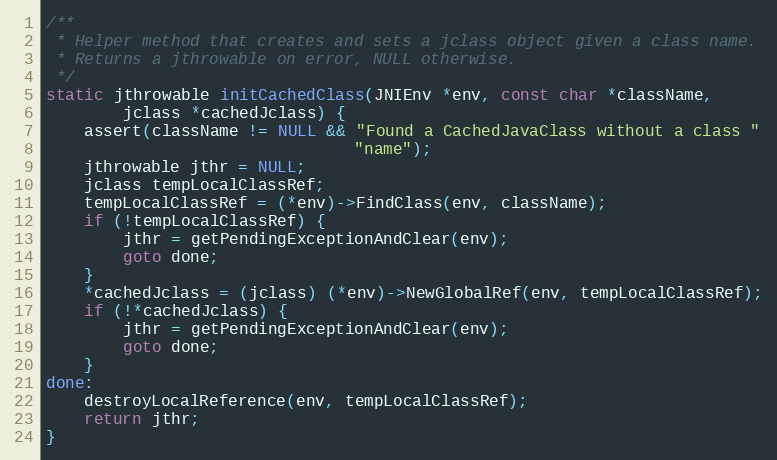
Language: C
/**
 * Helper method that creates and sets a jclass object given a class name.
 * Returns a jthrowable on error, NULL otherwise.
 */
static jthrowable initCachedClass(JNIEnv *env, const char *className,
        jclass *cachedJclass) {
    assert(className != NULL && "Found a CachedJavaClass without a class "
                                "name");
    jthrowable jthr = NULL;
    jclass tempLocalClassRef;
    tempLocalClassRef = (*env)->FindClass(env, className);
    if (!tempLocalClassRef) {
        jthr = getPendingExceptionAndClear(env);
        goto done;
    }
    *cachedJclass = (jclass) (*env)->NewGlobalRef(env, tempLocalClassRef);
    if (!*cachedJclass) {
        jthr = getPendingExceptionAndClear(env);
        goto done;
    }
done:
    destroyLocalReference(env, tempLocalClassRef);
    return jthr;
}